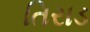
તિરાડ